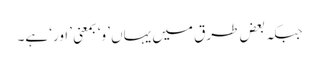
جبکہ بعض طرق میں یہاں ’و‘ بمعنی ’اور‘ ہے۔